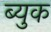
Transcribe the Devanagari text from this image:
ब्युक